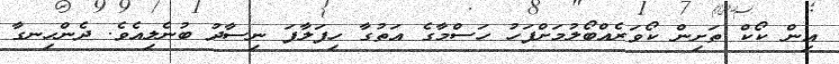
އިން ކޯކް ތަށިން ކޯވަރެއްބޯލުމަށްފަހު ހަސްމާގެ އަތުގާ ހިފަލާފަ ނިސާދު ބުނެލިއެވެ. ދެންހިނގާ